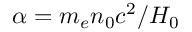
\alpha = m _ { e } n _ { 0 } c ^ { 2 } / H _ { 0 }